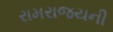
રામરાજયની